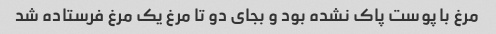
مرغ با پوست ‌پاک نشده بود و بجای دو تا مرغ یک مرغ فرستاده شد